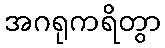
အဂရုကရိတွာ